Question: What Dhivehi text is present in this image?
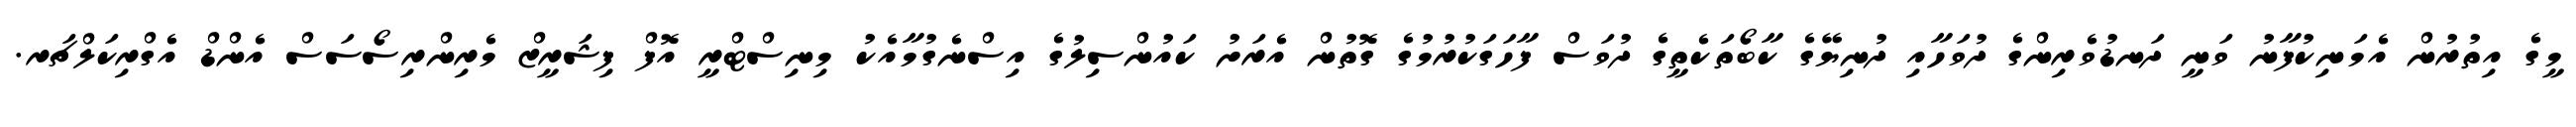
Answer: މީގެ އިތުރުން އެމަނިކުފާނު ވަނީ ދަނޑުވެރިންގެ ދުވަހާއި ދުނިޔޭގެ ކާބޯތަކެތީގެ ދުވަސް ފާހަގަކުރުމުގެ ގޮތުން އެރަށު ކައުންސިލުގެ އިސްނެގުމާއެކު މިނިސްޓްރީ އޮފް ފިޝަރީޒް މެރިންރިސޯސަސް އެންޑް އެގްރިކަލްޗަރ.